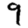
Digit: 9